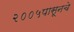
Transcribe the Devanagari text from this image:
२००५पासूनचे